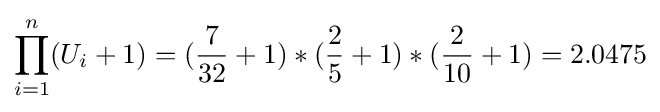
\prod _{i=1}^{n}(U_{i}+1)=({\frac {7}{32}}+1)*({\frac {2}{5}}+1)*({\frac {2}{10}}+1)=2.0475